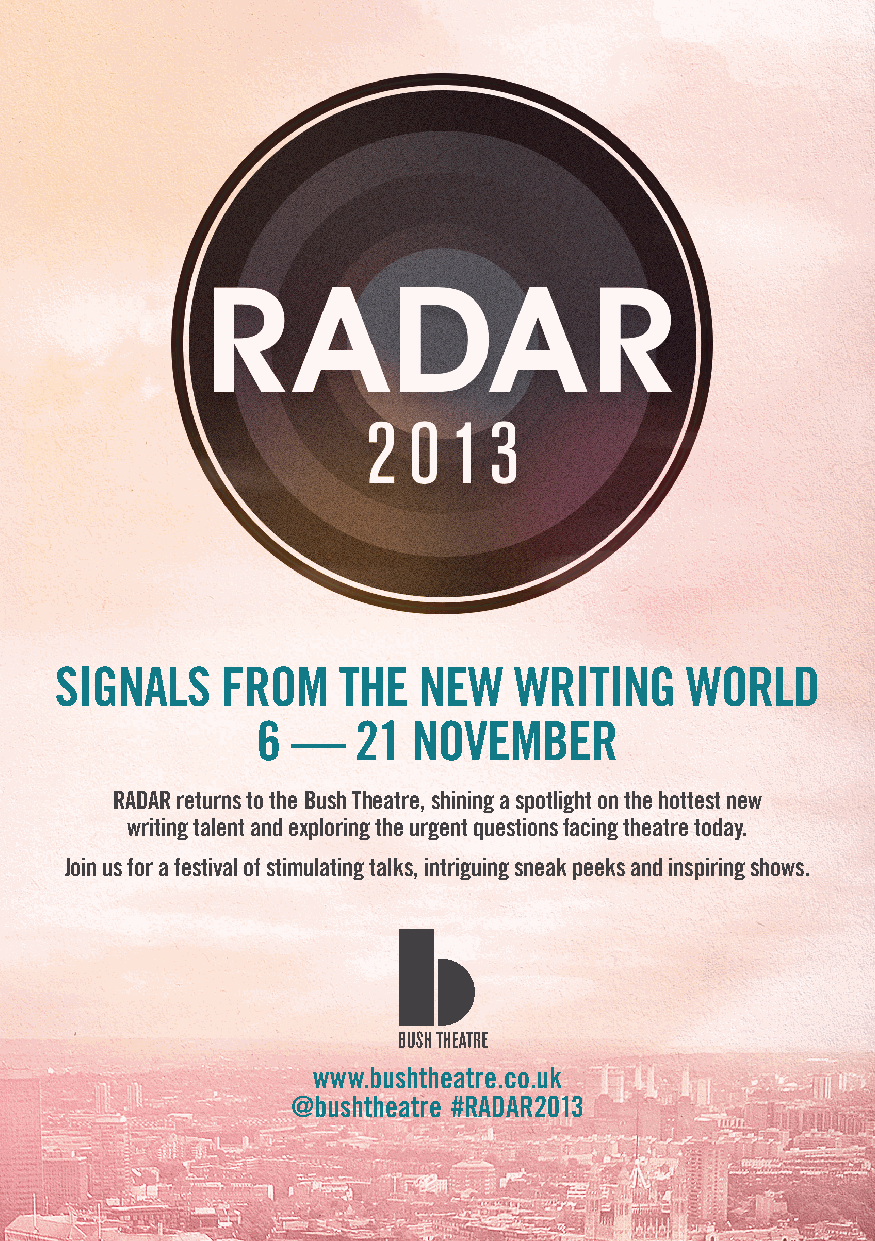
SignalS    from    the  new   writing     world
 6 —   21  noVemBer
 radar returns to the Bush theatre, shining a spotlight on the hottest new
 writing talent and exploring the urgent questions facing theatre today.
 Join us for a festival of stimulating talks, intriguing sneak peeks and inspiring shows.
 www.bushtheatre.co.uk
 @bushtheatre #radar2013